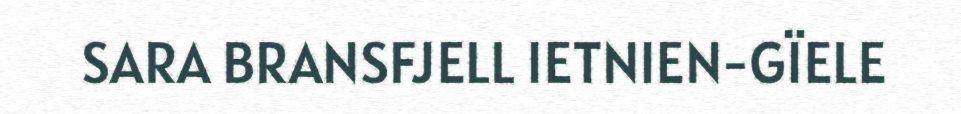
SARA BRANSFJELL IETNIEN-GÏELE